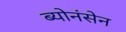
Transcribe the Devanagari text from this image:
ब्योनंसेन